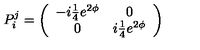
P _ { i } ^ { j } = \left( \begin{array} { c c } { - i { \textstyle { \frac { 1 } { 4 } } } e ^ { 2 \phi } } & { 0 } \\ { 0 } & { i { \textstyle { \frac { 1 } { 4 } } } e ^ { 2 \phi } } \\ \end{array} \right)